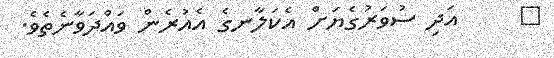
٦     އަދި ސުވަރުގެޔަށް އެކަލާނގެ އެއުރެން ވައްދަވާނެތެވެ.